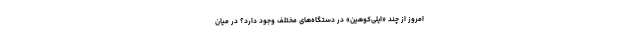
امروز از چند «ایلی‌کوهین» در دستگاه‌های مختلف وجود دارد؟ در میان